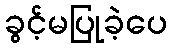
ခွင့်မပြုခဲ့ပေ